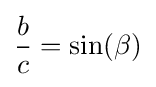
{\frac {b}{c}}=\sin(\beta )